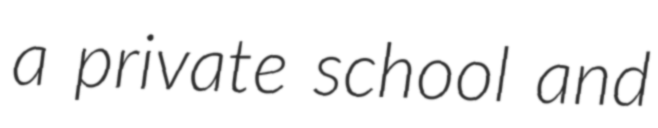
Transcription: a private school and